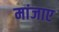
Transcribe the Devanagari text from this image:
मांजाए